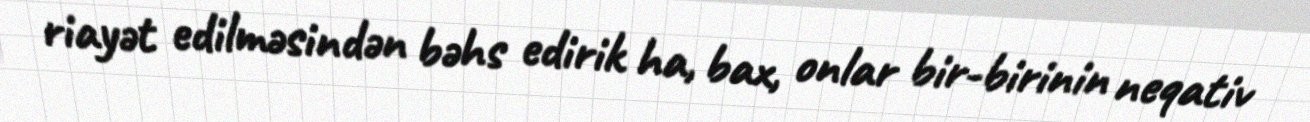
riayət edilməsindən bəhs edirik ha, bax, onlar bir-birinin neqativ